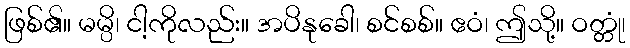
ဖြစ်၏။ မမ္ပိ၊ ငါ့ကိုလည်း။ အပိနုခေါ၊ စင်စစ်။ ဧဝံ၊ ဤသို့။ ဝတ္တုံ၊